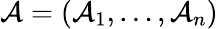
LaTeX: \mathcal{A}=(\mathcal{A}_{1},\ldots,\mathcal{A}_{n})